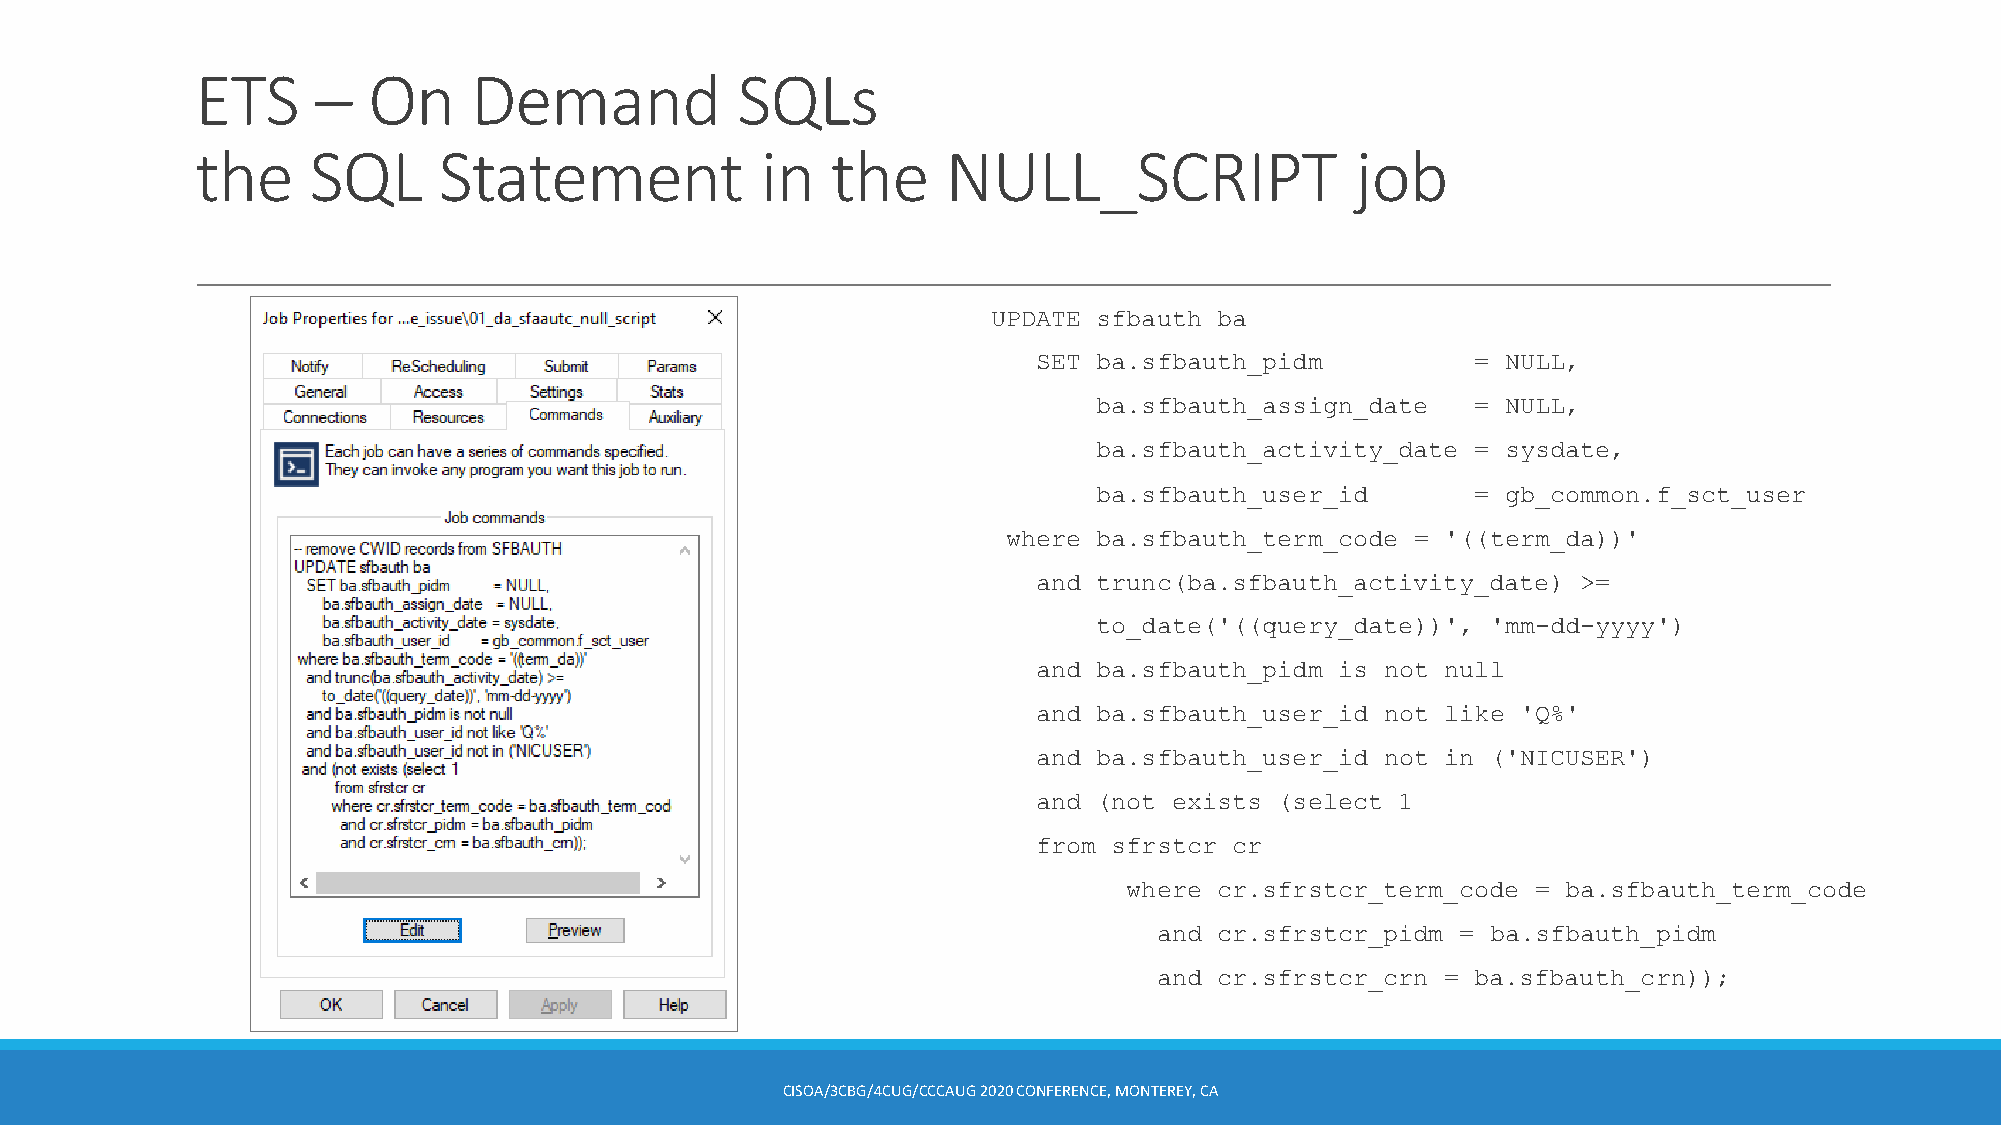
ETS     –  On     Demand            SQLs
 the    SQL      Statement            in   the     NULL_SCRIPT                job
 UPDATE sfbauth ba
 SET ba.sfbauth_pidm          = NULL,
 ba.sfbauth_assign_date   = NULL,
 ba.sfbauth_activity_date = sysdate,
 ba.sfbauth_user_id       = gb_common.f_sct_user
 where ba.sfbauth_term_code = '((term_da))'
 and trunc(ba.sfbauth_activity_date) >=
 to_date('((query_date))', 'mm-dd-yyyy')
 and ba.sfbauth_pidm is not null
 and ba.sfbauth_user_id not like 'Q%'
 and ba.sfbauth_user_id not in ('NICUSER')
 and (not exists (select 1
 from sfrstcr cr
 where cr.sfrstcr_term_code = ba.sfbauth_term_code
 and cr.sfrstcr_pidm = ba.sfbauth_pidm
 and cr.sfrstcr_crn = ba.sfbauth_crn));
 CISOA/3CBG/4CUG/CCCAUG2020 CONFERENCE, MONTEREY, CA